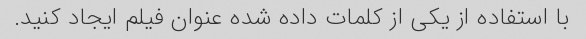
با استفاده از یکی از کلمات داده شده عنوان فیلم ایجاد کنید.